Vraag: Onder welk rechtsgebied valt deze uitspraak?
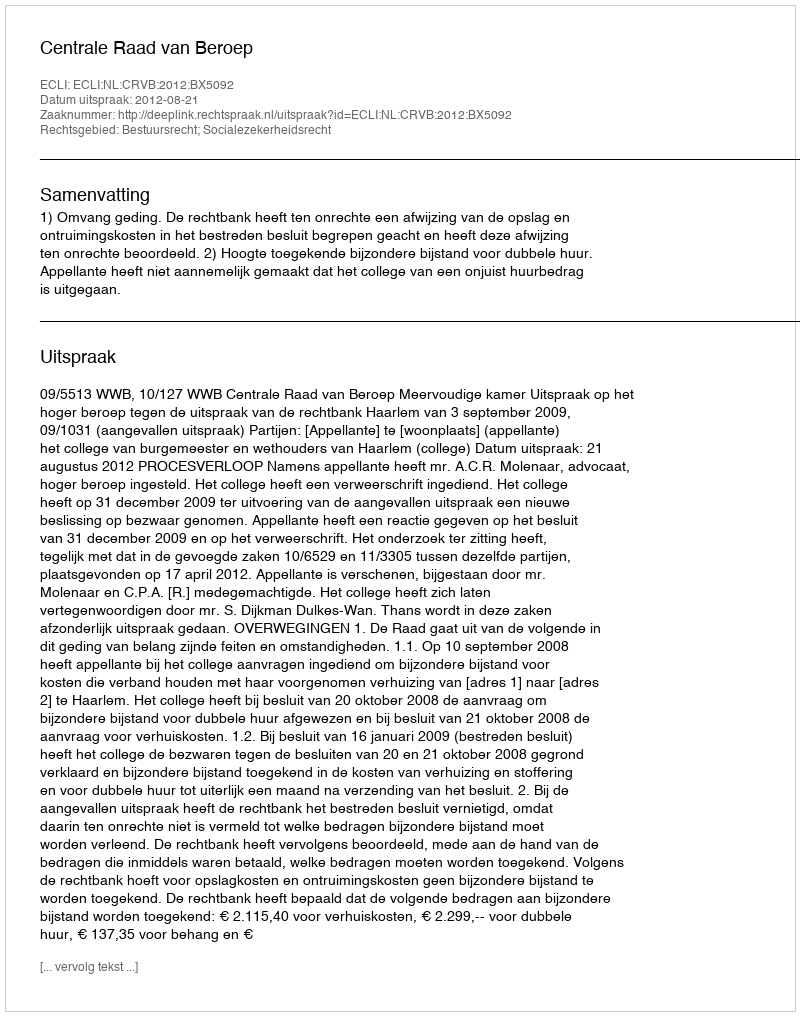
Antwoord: Bestuursrecht; Socialezekerheidsrecht